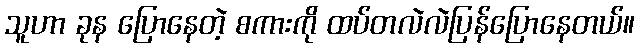
သူဟာ ခုန ပြောနေတဲ့ စကားကို ထပ်တလဲလဲပြန်ပြောနေတယ်။